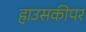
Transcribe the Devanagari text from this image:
हाउसकीपर